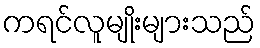
ကရင်လူမျိုးများသည်